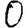
Digit: 0